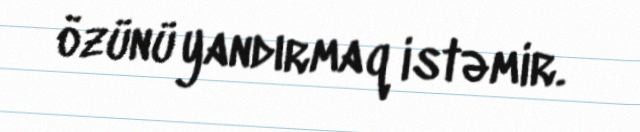
özünü yandırmaq istəmir.